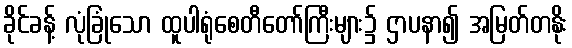
ခိုင်ခန့် လုံခြုံသော ထူပါရုံစေတီတော်ကြီးများ၌ ဌာပနာ၍ အမြတ်တနိုး